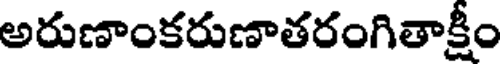
అరుణాంకరుణాతరంగితాక్షీం